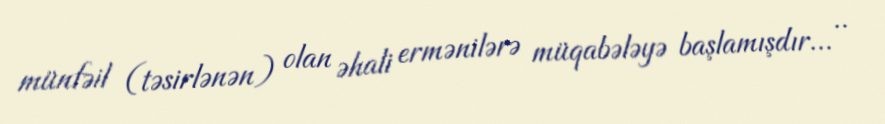
münfəil (təsirlənən) olan əhali ermənilərə müqabələyə başlamışdır... ..